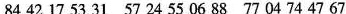
84 42 17 53 31 57 24 55 06 88 77 04 74 47 67